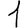
Digit: 1